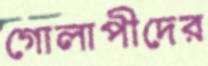
গোলাপীদের